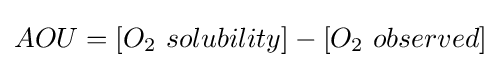
AOU=[O_{2}\ solubility]-[O_{2}\ observed]